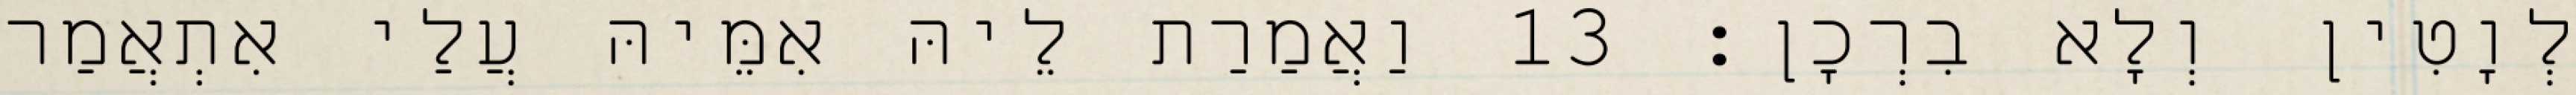
לְוָטִין וְלָא בִרְכָן׃ 13 וַאֲמַרַת לֵיהּ אִמֵּיהּ עֲלַי אִתְאֲמַר